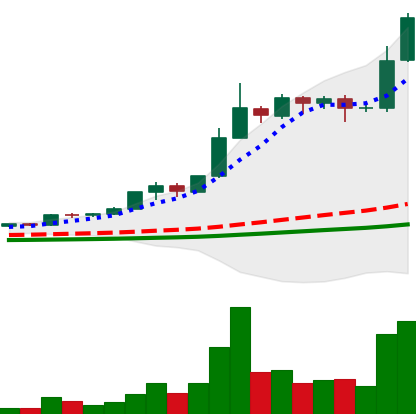
Ticker: BNB-USD
Chart end date: 2021-02-18
Forward return: 17.895%
Label: up_7plus